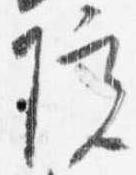
院